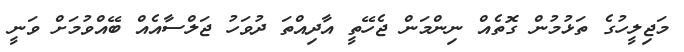
މަޖިލީހުގެ ތަޅުމުން ގޮތެއް ނިންމަން ޖެހޭތީ އާދިއްތަ ދުވަހު ޖަލްސާއެއް ބޭއްވުމަށް ވަނީ